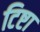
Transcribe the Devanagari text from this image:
टिष्टा